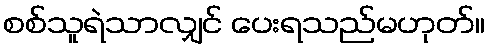
စစ်သူရဲသာလျှင် ပေးရသည်မဟုတ်။